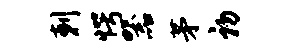
剌愕器茅初